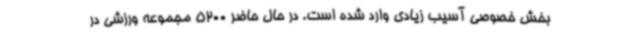
بخش خصوصی آسیب زیادی وارد شده است. در حال حاضر 5200 مجموعه ورزشی در